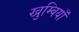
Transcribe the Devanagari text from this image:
खुम्बियाँ